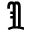
\Im